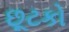
છૂટકો